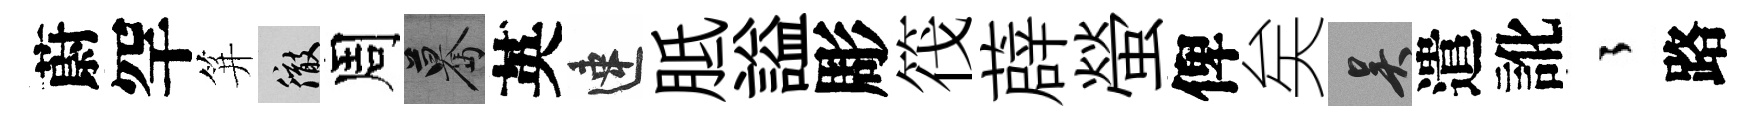
蔚罕笄徹周驀英速胝謚彫筏薜螢俾矣吴遣訛徃路